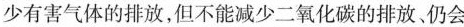
少有害气体的排放，但不能减少二氧化碳的排放、仍会